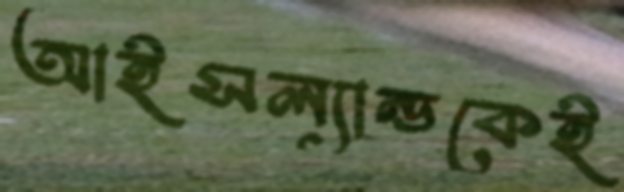
আইসল্যান্ডকেই